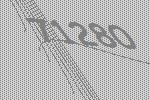
71280